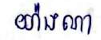
យ៉ាងណា